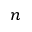
n